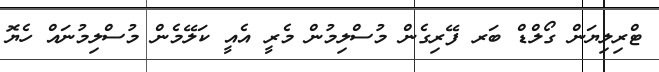
ޓްރިލިޔަން ގޯލްޑް ބަރ ފޭރިގެން މުސްލިމުން މެރީ އެއީ ކަލޭމެން މުސްލިމުނަައް ހެޔޮ